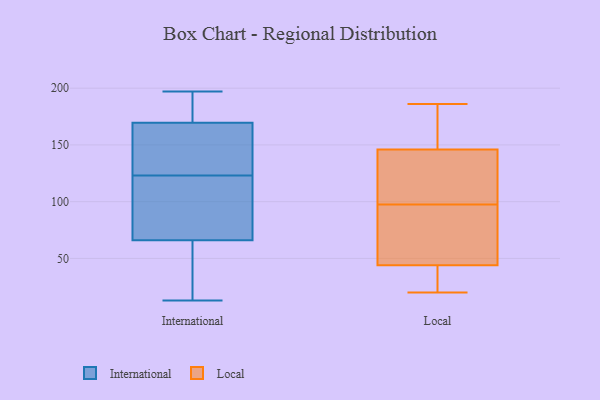
{"axis": {"x": "Temperature (°C)", "y": "Value"}, "legend": ["International", "Local"], "data": [{"x": "", "y": 126, "type": "International"}, {"x": "", "y": 58, "type": "International"}, {"x": "", "y": 113, "type": "International"}, {"x": "", "y": 197, "type": "International"}, {"x": "", "y": 147, "type": "International"}, {"x": "", "y": 74, "type": "International"}, {"x": "", "y": 173, "type": "International"}, {"x": "", "y": 195, "type": "International"}, {"x": "", "y": 21, "type": "International"}, {"x": "", "y": 120, "type": "International"}, {"x": "", "y": 13, "type": "International"}, {"x": "", "y": 166, "type": "International"}, {"x": "", "y": 79, "type": "Local"}, {"x": "", "y": 44, "type": "Local"}, {"x": "", "y": 50, "type": "Local"}, {"x": "", "y": 53, "type": "Local"}, {"x": "", "y": 164, "type": "Local"}, {"x": "", "y": 146, "type": "Local"}, {"x": "", "y": 20, "type": "Local"}, {"x": "", "y": 26, "type": "Local"}, {"x": "", "y": 181, "type": "Local"}, {"x": "", "y": 84, "type": "Local"}, {"x": "", "y": 43, "type": "Local"}, {"x": "", "y": 186, "type": "Local"}, {"x": "", "y": 136, "type": "Local"}, {"x": "", "y": 39, "type": "Local"}, {"x": "", "y": 133, "type": "Local"}, {"x": "", "y": 111, "type": "Local"}, {"x": "", "y": 150, "type": "Local"}, {"x": "", "y": 145, "type": "Local"}]}